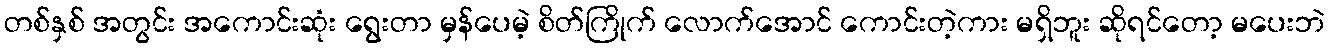
တစ်နှစ် အတွင်း အကောင်းဆုံး ရွေးတာ မှန်ပေမဲ့ စိတ်ကြိုက် လောက်အောင် ကောင်းတဲ့ကား မရှိဘူး ဆိုရင်တော့ မပေးဘဲ